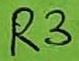
Text: R3